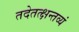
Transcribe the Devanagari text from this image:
तदेतत्क्षन्तव्यं